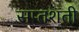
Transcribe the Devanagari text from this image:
सप्‍तशती